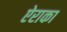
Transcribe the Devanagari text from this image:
ऐराका